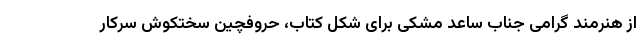
از هنرمند گرامی جناب ساعد مشکی برای شکل کتاب، حروفچین سختکوش سرکار